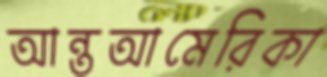
আন্তআমেরিকা